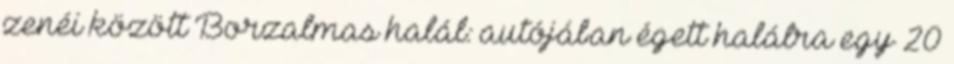
zenéi között Borzalmas halál: autójában égett halálra egy 20